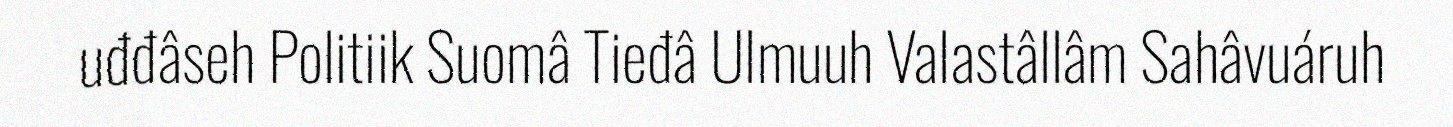
uđđâseh Politiik Suomâ Tieđâ Ulmuuh Valastâllâm Sahâvuáruh